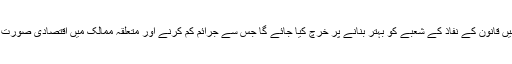
اس رقم کا زیادہ تر حصہ اِن ممالک میں قانون کے نفاذ کے شعبے کو بہتر بنانے پر خرچ کیا جائے گا جس سے جرائم کم کرنے اور متعلقہ ممالک میں اقتصادی صورت حال کو بہتر بنانے میں مدد ملے گی۔